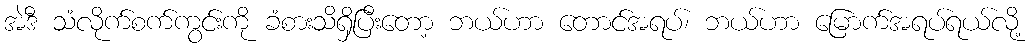
အဲဒီ သံလိုက်စက်ကွင်းကို ခံစားသိရှိပြီးတော့ ဘယ်ဟာ တောင်အရပ်၊ ဘယ်ဟာ မြောက်အရပ်ရယ်လို့